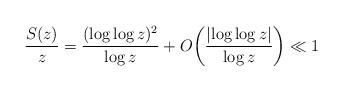
LaTeX: \begin{align*}\frac{S(z)}{z} = \frac{(\log\log z)^2}{\log z} + O\bigg(\frac{|\!\log\log z|}{\log z}\bigg) \ll 1\end{align*}